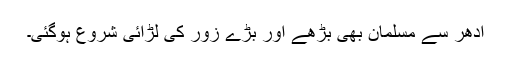
ادھر سے مسلمان بھی بڑھے اور بڑے زور کی لڑائی شروع ہوگئی۔